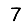
Digit: 7